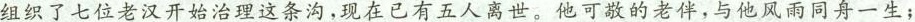
组织了七位老汉开始治理这条沟，现在已有五人离世。他可敬的老伴，与他风雨同舟一生；